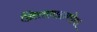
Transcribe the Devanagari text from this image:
ख्रिस्तवादाबरोबर